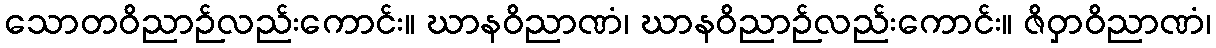
သောတဝိညာဉ်လည်းကောင်း။ ဃာနဝိညာဏံ၊ ဃာနဝိညာဉ်လည်းကောင်း။ ဇိဝှာဝိညာဏံ၊